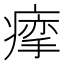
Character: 𰣽